Mental hospitals Bombay report 1929-33 - 1929-1933
Year: 1929
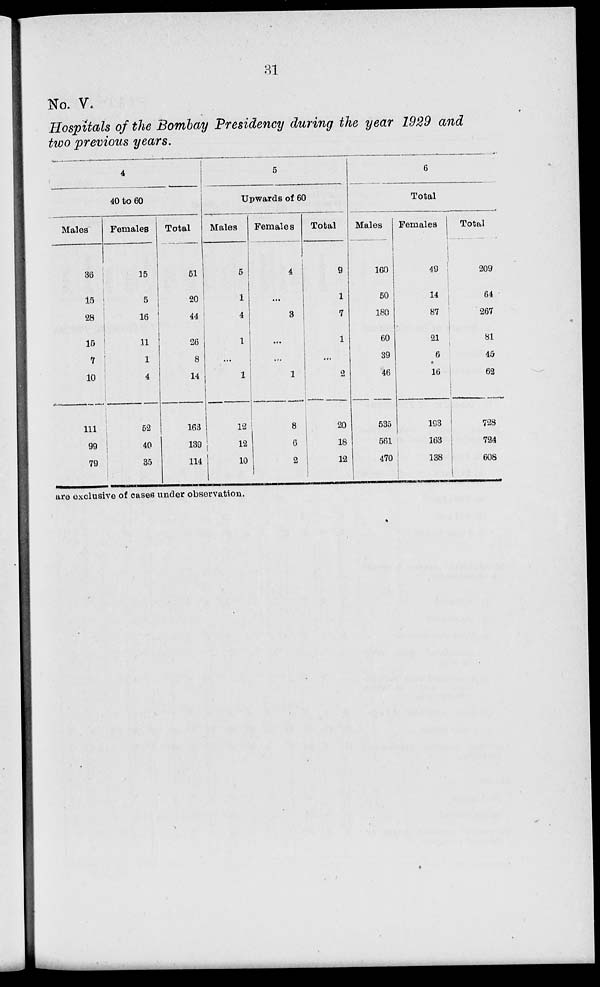
31
No. V.
Hospitals of the Bombay Presidency during the year 1929 and
two previous years.
4
40 to 60
Males
36
15
28
15
7
10
111
99
79
Females
15
5
16
11
1
4
52
40
35
Total
51
20
44
26
8
14
163
139
114
5
Upwards of 60
Males
5
1
4
1
...
1
12
12
10
Females
4
...
3
...
...
1
8
6
2
Total
9
1
7
1
...
2
20
18
12
6
Total
Males
160
50
180
60
39
46
535
561
470
Females
49
14
87
21
6
16
193
163
138
Total
209
64
267
81
45
62
728
724
608
are exclusive of cases under observation.